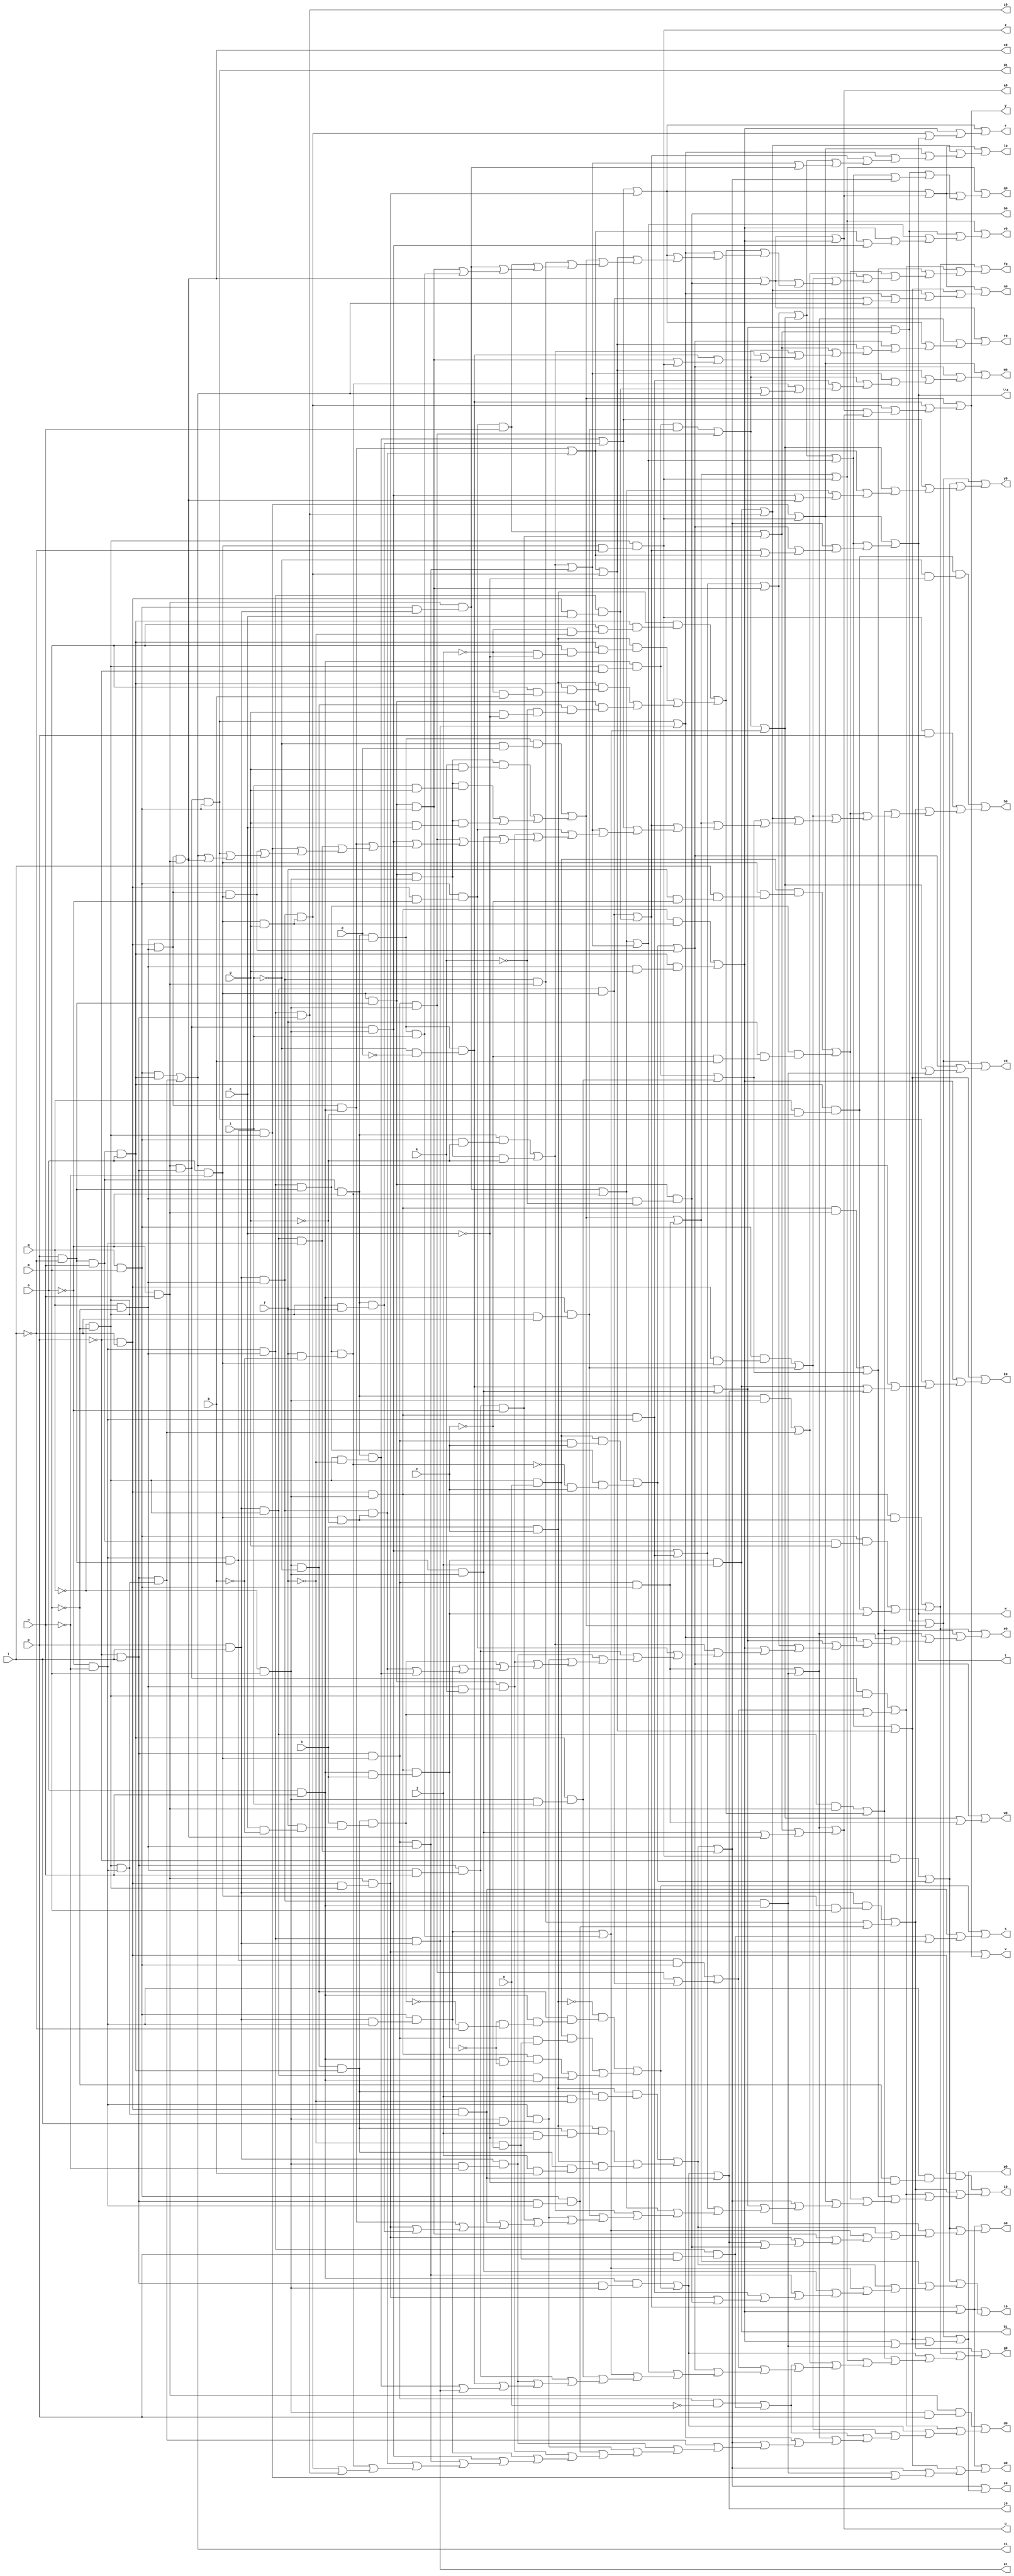
// IWLS benchmark module "vda" printed on Wed May 29 16:25:46 2002
module vda(a, b, c, d, e, f, g, h, i, j, k, l, m, n, o, p, q, r, s, t, u, v, w, \x , y, z, a0, b0, c0, d0, e0, f0, g0, h0, i0, j0, k0, l0, m0, n0, o0, p0, q0, r0, s0, t0, u0, v0, w0, x0, y0, z0, a1, b1, c1, d1);
input
  a,
  b,
  c,
  d,
  e,
  f,
  g,
  h,
  i,
  j,
  k,
  l,
  m,
  n,
  o,
  p,
  q;
output
  r,
  s,
  t,
  u,
  v,
  w,
  \x ,
  y,
  z,
  a0,
  a1,
  b0,
  b1,
  c0,
  c1,
  d0,
  d1,
  e0,
  f0,
  g0,
  h0,
  i0,
  j0,
  k0,
  l0,
  m0,
  n0,
  o0,
  p0,
  q0,
  r0,
  s0,
  t0,
  u0,
  v0,
  w0,
  x0,
  y0,
  z0;
wire
  \[59] ,
  \[15] ,
  \[16] ,
  \[17] ,
  \[18] ,
  \[130] ,
  \[19] ,
  \[131] ,
  \[132] ,
  \[60] ,
  \[61] ,
  \[62] ,
  \[0] ,
  \[136] ,
  \[1] ,
  \[137] ,
  \[64] ,
  \[20] ,
  \[65] ,
  \[21] ,
  \[3] ,
  \[66] ,
  \[22] ,
  \[4] ,
  \[67] ,
  \[23] ,
  \[68] ,
  \[24] ,
  \[6] ,
  \[25] ,
  \[7] ,
  \[26] ,
  \[8] ,
  \[27] ,
  \[9] ,
  \[28] ,
  \[140] ,
  \[29] ,
  \[143] ,
  \[70] ,
  \[100] ,
  \[71] ,
  \[101] ,
  \[72] ,
  \[102] ,
  \[73] ,
  \[74] ,
  \[30] ,
  \[75] ,
  \[31] ,
  \[105] ,
  \[76] ,
  \[32] ,
  \[106] ,
  \[77] ,
  \[33] ,
  \[107] ,
  \[78] ,
  \[34] ,
  a6,
  \[108] ,
  \[79] ,
  \[35] ,
  \[109] ,
  \[36] ,
  \[37] ,
  d5,
  \[38] ,
  e5,
  \[39] ,
  g5,
  g6,
  h4,
  h6,
  h7,
  \[80] ,
  \[110] ,
  \[81] ,
  j5,
  j6,
  \[111] ,
  j7,
  \[82] ,
  k5,
  k6,
  \[112] ,
  \[83] ,
  l5,
  l6,
  \[113] ,
  \[84] ,
  \[40] ,
  m4,
  m6,
  \[85] ,
  \[41] ,
  n4,
  n5,
  n6,
  \[115] ,
  \[86] ,
  \[42] ,
  o4,
  o5,
  o6,
  \[87] ,
  \[43] ,
  p4,
  p5,
  \[88] ,
  \[44] ,
  q5,
  \[118] ,
  \[89] ,
  \[45] ,
  r4,
  r6,
  \[119] ,
  \[46] ,
  s5,
  s6,
  \[47] ,
  t5,
  t6,
  \[48] ,
  u5,
  u6,
  \[49] ,
  v4,
  w4,
  w5,
  w6,
  x5,
  \[90] ,
  y5,
  \[91] ,
  z4,
  z5,
  \[121] ,
  \[122] ,
  \[123] ,
  \[50] ,
  \[124] ,
  \[95] ,
  \[51] ,
  \[125] ,
  \[96] ,
  \[52] ,
  \[126] ,
  \[53] ,
  \[127] ,
  \[54] ,
  \[10] ,
  \[128] ,
  \[55] ,
  \[11] ,
  \[129] ,
  \[56] ,
  \[12] ,
  \[13] ,
  \[14] ;
assign
  \[59]  = \[52]  | \[50] ,
  \[15]  = \[131]  | (\[130]  | (\[128]  | (\[127]  | (\[124]  | (\[118]  | (\[113]  | (\[105]  | (\[83]  | (\[70]  | (\[50]  | (r4 | (g5 | (o5 | (m4 | (n6 | \[35] ))))))))))))))),
  \[16]  = (e5 & (~i & ~c)) | ((\[8]  & p) | (\[131]  | (\[127]  | (\[119]  | (\[115]  | (\[101]  | (\[100]  | (\[90]  | (\[82]  | (\[68]  | (\[54]  | (z4 | (h7 | (j5 | (p5 | (s5 | (w5 | (h6 | (l6 | (m6 | (\[38]  | (\[37]  | \[11] )))))))))))))))))))))),
  \[17]  = (\[46]  & (\[44]  & (~m & ~c))) | (\[131]  | (\[129]  | (\[126]  | (\[119]  | (\[96]  | (\[85]  | (\[77]  | (\[64]  | (\[55]  | (\[48]  | (y5 | (v4 | (u6 | (d5 | (w5 | (j6 | t6)))))))))))))))),
  \[18]  = \[128]  | d5,
  \[130]  = (\[87]  & (\[41]  & ~g)) | ((\[53]  & (\[43]  & g)) | (e5 | l5)),
  \[19]  = \[102]  | (\[62]  | (\[38]  | (\[37]  | (\[36]  | \[18] )))),
  \[131]  = (\[51]  & (\[41]  & m)) | (p4 | w4),
  \[132]  = \[45]  & a,
  r = \[0] ,
  s = \[1] ,
  t = \[6] ,
  \[60]  = (\[143]  & (~i & d)) | ((\[109]  & (k & g)) | ((\[109]  & (i & g)) | (\[109]  & (g & c)))),
  u = \[3] ,
  v = \[4] ,
  w = \[6] ,
  \x  = \[6] ,
  y = \[7] ,
  z = \[8] ,
  \[61]  = ~o & n,
  \[62]  = (\[87]  & (\[41]  & g)) | (\[49]  & (\[42]  & g)),
  \[0]  = \[84]  | (\[62]  | (n5 | \[6] )),
  \[136]  = \[46]  & \[42] ,
  \[1]  = \[107]  | (d5 | (j7 | \[35] )),
  \[137]  = \[44]  & \[39] ,
  \[64]  = s5 | z5,
  \[20]  = \[123]  | (\[101]  | (\[96]  | (\[89]  | (\[82]  | (\[79]  | (\[54]  | u5)))))),
  \[65]  = (\[132]  & (\[80]  & e)) | (\[111]  & (~g6 & e)),
  \[21]  = \[96]  | (\[83]  | (\[78]  | (\[54]  | (\[52]  | (z5 | (g6 | (h4 | \[37] ))))))),
  \[3]  = \[95]  | (\[76]  | (j5 | \[11] )),
  \[66]  = o & n,
  \[22]  = \[123]  | (\[102]  | (\[101]  | (\[89]  | (n4 | \[37] )))),
  \[4]  = j6 | \[7] ,
  \[67]  = \[40]  & ~i,
  \[23]  = \[122]  | (\[121]  | (\[101]  | (\[72]  | (\[50]  | (x5 | (j6 | (\[18]  | \[10] ))))))),
  \[68]  = n6 | t6,
  \[24]  = \[125]  | (\[102]  | (\[62]  | r6)),
  \[6]  = \[96]  | (\[86]  | (\[85]  | (\[83]  | (\[82]  | \[56] )))),
  \[25]  = \[124]  | (\[123]  | (\[91]  | (\[86]  | \[85] ))),
  \[7]  = \[60]  | (m4 | (n5 | (\[9]  | \[3] ))),
  \[26]  = \[112]  | (\[95]  | (\[84]  | (\[83]  | (\[78]  | (\[76]  | (\[52]  | (\[48]  | (m4 | (x5 | \[8] ))))))))),
  \[8]  = \[45]  & (\[41]  & ~l),
  \[27]  = \[85]  | \[24] ,
  \[9]  = \[112]  | \[62] ,
  \[28]  = \[122]  | (\[121]  | (\[90]  | (\[72]  | (\[50]  | (j5 | (t5 | (z5 | (j6 | \[10] )))))))),
  \[140]  = \[61]  & \[47] ,
  \[29]  = \[122]  | (\[102]  | (\[85]  | (r6 | l6))),
  \[143]  = \[74]  & \[42] ,
  \[70]  = \[55]  | \[54] ,
  \[100]  = w6 | r4,
  \[71]  = \[64]  | x5,
  \[101]  = \[36]  | \[34] ,
  \[72]  = (\[88]  & (\[81]  & (j & ~f))) | ((\[88]  & (\[81]  & (j & ~c))) | (\[88]  & (\[81]  & (j & b)))),
  \[102]  = \[86]  | \[78] ,
  \[73]  = \[44]  & \[42] ,
  \[74]  = \[43]  & ~o,
  \[30]  = \[124]  | (\[91]  | (\[70]  | (\[62]  | (\[56]  | s5)))),
  \[75]  = \[41]  & \[39] ,
  \[31]  = \[83]  | (\[59]  | k6),
  \[105]  = (\[137]  & \[53] ) | (p5 | n4),
  \[76]  = k5 | u6,
  \[32]  = \[125]  | (\[83]  | (\[59]  | r6)),
  \[106]  = (\[88]  & (\[49]  & (m & (~j & ~f)))) | ((\[88]  & (\[49]  & (m & (~j & ~c)))) | ((\[88]  & (\[49]  & (m & (~j & b)))) | (\[75]  & (\[67]  & (~k & (g & ~c)))))),
  \[77]  = m4 | j5,
  \[33]  = \[125]  | (\[121]  | (\[68]  | (\[59]  | (\[56]  | (\[55]  | (s5 | \[11] )))))),
  \[107]  = (~\[88]  & (\[67]  & (\[66]  & (~l5 & (~o6 & ~l))))) | ((\[132]  & (\[80]  & (~f & ~e))) | ((\[87]  & (\[66]  & ~l5)) | (\[108]  & \[66] ))),
  \[78]  = \[56]  | n5,
  \[34]  = \[73]  & \[47] ,
  a0 = \[9] ,
  a1 = \[35] ,
  a6 = \[143]  & i,
  \[108]  = \[51]  & \[45] ,
  \[79]  = \[71]  | \[59] ,
  \[35]  = \[73]  & \[51] ,
  b0 = \[10] ,
  b1 = \[36] ,
  \[109]  = \[75]  & \[40] ,
  \[36]  = l5 & j,
  c0 = \[11] ,
  c1 = \[37] ,
  \[37]  = (\[53]  & \[49] ) | s6,
  d0 = \[12] ,
  d1 = \[38] ,
  d5 = \[46]  & (\[45]  & \[44] ),
  \[38]  = \[140]  & \[53] ,
  e0 = \[13] ,
  e5 = \[49]  & (q & ~g),
  \[39]  = p & ~l,
  f0 = \[14] ,
  g0 = \[15] ,
  g5 = \[47]  & (\[42]  & n),
  g6 = \[111]  & (f & ~b),
  h0 = \[16] ,
  h4 = \[73]  & (\[46]  & c),
  h6 = \[108]  & \[44] ,
  h7 = \[75]  & (\[42]  & k),
  \[80]  = \[47]  & \[41] ,
  i0 = \[17] ,
  \[110]  = \[51]  & \[42] ,
  \[81]  = \[67]  & \[49] ,
  j0 = \[18] ,
  j5 = \[137]  & \[40] ,
  j6 = \[61]  & (\[46]  & \[45] ),
  \[111]  = \[73]  & \[39] ,
  j7 = \[73]  & (p & (~f & ~e)),
  \[82]  = n4 | h4,
  k0 = \[19] ,
  k5 = z4 & n,
  k6 = \[80]  & \[53] ,
  \[112]  = \[11]  | \[10] ,
  \[83]  = \[65]  | m6,
  l0 = \[20] ,
  l5 = \[87]  & (\[66]  & h),
  l6 = \[137]  & \[45] ,
  \[113]  = (\[80]  & ~a) | j7,
  \[84]  = \[68]  | j6,
  \[40]  = ~q & m,
  m0 = \[21] ,
  m4 = \[143]  & (~i & ~d),
  m6 = \[136]  & \[41] ,
  \[85]  = \[72]  | h6,
  \[41]  = o & ~n,
  n0 = \[22] ,
  n4 = \[108]  & \[41] ,
  n5 = \[110]  & (\[41]  & g),
  n6 = \[74]  & (\[45]  & ~f),
  \[115]  = (\[53]  & (\[46]  & \[41] )) | y5,
  \[86]  = \[79]  | \[70] ,
  \[42]  = q & ~m,
  o0 = \[23] ,
  o4 = \[110]  & (\[41]  & ~g),
  o5 = \[51]  & (\[40]  & ~n),
  o6 = \[81]  & (h & (f & (c & ~b))),
  \[87]  = \[46]  & \[40] ,
  \[43]  = \[39]  & n,
  p0 = \[24] ,
  p4 = \[110]  & \[61] ,
  p5 = \[80]  & \[40] ,
  \[88]  = h & e,
  \[44]  = ~o & ~n,
  q0 = \[25] ,
  q5 = \[53]  & (\[51]  & \[44] ),
  \[118]  = (\[74]  & \[40] ) | s6,
  \[89]  = \[38]  | \[35] ,
  \[45]  = ~q & ~m,
  r0 = \[26] ,
  r4 = \[49]  & (\[40]  & i),
  r6 = \[110]  & \[66] ,
  \[119]  = (\[132]  & (\[41]  & (l & (f & ~e)))) | (\[111]  & (f & (~e & b))),
  \[46]  = ~p & ~l,
  s0 = \[27] ,
  s5 = \[140]  & \[40] ,
  s6 = \[47]  & (\[45]  & \[44] ),
  \[47]  = ~p & l,
  t0 = \[28] ,
  t5 = \[80]  & \[42] ,
  t6 = \[74]  & (\[45]  & f),
  \[48]  = (\[74]  & (\[53]  & ~g)) | (\[109]  & ~g),
  u0 = \[29] ,
  u5 = \[61]  & (\[53]  & \[51] ),
  u6 = g5 & ~o,
  \[49]  = \[43]  & o,
  v0 = \[30] ,
  v4 = \[44]  & (\[40]  & l),
  w0 = \[31] ,
  w4 = \[53]  & (\[47]  & \[44] ),
  w5 = \[136]  & \[66] ,
  w6 = \[66]  & (\[45]  & ~p),
  x0 = \[32] ,
  x5 = \[75]  & \[53] ,
  \[90]  = \[60]  | k6,
  y0 = \[33] ,
  y5 = \[66]  & (\[45]  & ~l),
  \[91]  = \[77]  | \[76] ,
  z0 = \[34] ,
  z4 = \[53]  & (\[46]  & ~o),
  z5 = \[87]  & \[44] ,
  \[121]  = (\[8]  & ~p) | \[65] ,
  \[122]  = \[82]  | \[62] ,
  \[123]  = \[84]  | \[9] ,
  \[50]  = q5 | a6,
  \[124]  = \[90]  | \[8] ,
  \[95]  = k6 | r6,
  \[51]  = p & l,
  \[125]  = \[91]  | \[60] ,
  \[96]  = l6 | \[8] ,
  \[52]  = (w6 & y5) | p5,
  \[126]  = (\[87]  & \[61] ) | \[100] ,
  \[53]  = q & m,
  \[127]  = (\[108]  & \[61] ) | \[106] ,
  \[54]  = \[48]  | t5,
  \[10]  = \[75]  & (\[42]  & ~k),
  \[128]  = (\[66]  & (\[47]  & \[40] )) | \[107] ,
  \[55]  = u5 | g6,
  \[11]  = \[136]  & \[61] ,
  \[129]  = (\[140]  & \[45] ) | (\[105]  | o6),
  \[56]  = w5 | o4,
  \[12]  = (\[61]  & (\[40]  & p)) | (\[129]  | (\[128]  | (\[115]  | (\[113]  | (\[95]  | (\[89]  | (\[85]  | (s6 | (o5 | (v4 | (w4 | (h7 | (q5 | (s5 | (t5 | (o4 | (g6 | (n5 | \[34] )))))))))))))))))),
  \[13]  = \[130]  | (\[127]  | (\[126]  | (\[95]  | (\[89]  | (\[77]  | (\[71]  | (\[62]  | (\[48]  | (z4 | (g5 | (o5 | (v4 | (h7 | (o6 | (q5 | (o4 | n6)))))))))))))))),
  \[14]  = \[130]  | (\[129]  | (\[126]  | (\[119]  | (\[118]  | (\[115]  | (\[112]  | (\[106]  | (\[89]  | (\[84]  | (\[78]  | (\[60]  | (p4 | (k5 | (u5 | (x5 | a6)))))))))))))));
endmodule